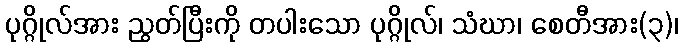
ပုဂ္ဂိုလ်အား ညွတ်ပြီးကို တပါးသော ပုဂ္ဂိုလ်၊ သံဃာ၊ စေတီအား(၃)၊